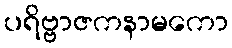
ပရိဗ္ဗာဇကနာမကော